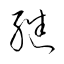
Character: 繼